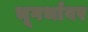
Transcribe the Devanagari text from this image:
भूगर्भावर